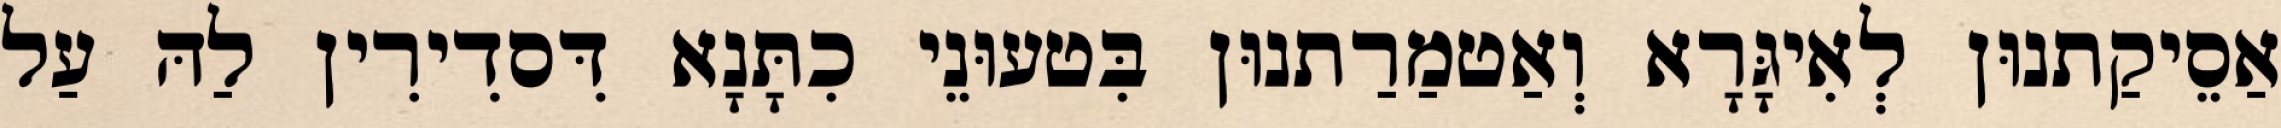
אַסֵיקַתנוּן לְאִיגָּרָא וְאַטמַרַתנוּן בִּטעוּנֵי כִתָּנָא דִּסדִירִין לַהּ עַל